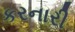
કરનારી